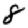
Digit: 8